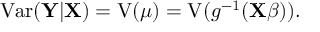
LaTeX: \operatorname { V a r } ( \mathbf { Y } | \mathbf { X } ) = \operatorname { V } ( { \boldsymbol { \mu } } ) = \operatorname { V } ( g ^ { - 1 } ( \mathbf { X } { \boldsymbol { \beta } } ) ) .